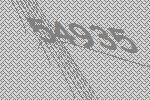
54935